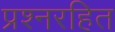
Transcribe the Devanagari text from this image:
प्रश्नरहित